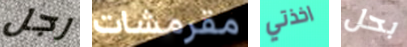
رجل مقرمشات اخذتي بحل